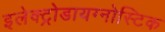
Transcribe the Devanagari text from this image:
इलेक्ट्रोडायग्नोस्टिक